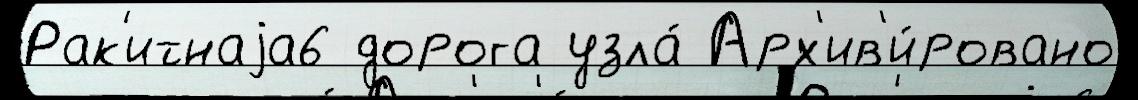
Рак'итнаjа6 дорога узла́ Арх'ив'и́ровано